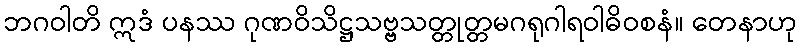
ဘဂဝါတိ ဣဒံ ပနဿ ဂုဏဝိသိဋ္ဌသဗ္ဗသတ္တုတ္တမဂရုဂါရဝါဓိဝစနံ။ တေနာဟု